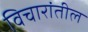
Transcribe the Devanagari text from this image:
विचारांतील